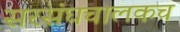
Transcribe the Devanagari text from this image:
सरसंघचालकच